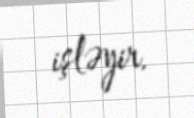
işləyir.